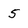
Character: 5